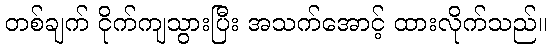
တစ်ချက် ငိုက်ကျသွားပြီး အသက်အောင့် ထားလိုက်သည်။